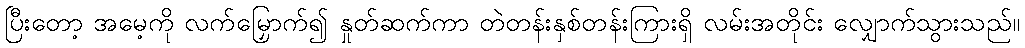
ပြီးတော့ အမေ့ကို လက်မြှောက်၍ နှုတ်ဆက်ကာ တဲတန်းနှစ်တန်းကြားရှိ လမ်းအတိုင်း လျှောက်သွားသည်။